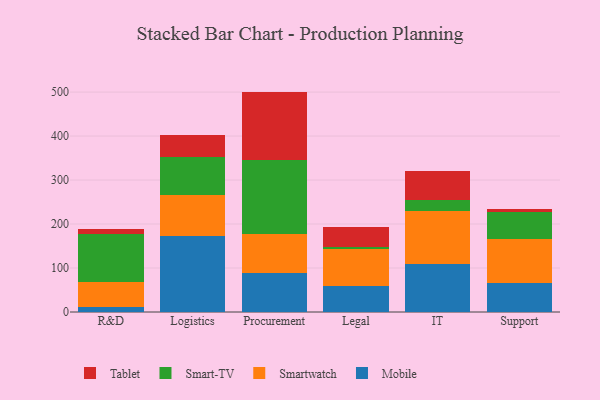
{"axis": {"x": "Department", "y": "Satisfaction Score"}, "legend": ["Mobile", "Smart-TV", "Smartwatch", "Tablet"], "data": [{"x": "R&D", "y": 10.8, "type": "Mobile"}, {"x": "R&D", "y": 57.6, "type": "Smartwatch"}, {"x": "R&D", "y": 108.3, "type": "Smart-TV"}, {"x": "R&D", "y": 12.4, "type": "Tablet"}, {"x": "Logistics", "y": 171.9, "type": "Mobile"}, {"x": "Logistics", "y": 94.1, "type": "Smartwatch"}, {"x": "Logistics", "y": 86.6, "type": "Smart-TV"}, {"x": "Logistics", "y": 49.1, "type": "Tablet"}, {"x": "Procurement", "y": 89.2, "type": "Mobile"}, {"x": "Procurement", "y": 89.1, "type": "Smartwatch"}, {"x": "Procurement", "y": 166.4, "type": "Smart-TV"}, {"x": "Procurement", "y": 156.4, "type": "Tablet"}, {"x": "Legal", "y": 60.2, "type": "Mobile"}, {"x": "Legal", "y": 82.0, "type": "Smartwatch"}, {"x": "Legal", "y": 5.5, "type": "Smart-TV"}, {"x": "Legal", "y": 45.9, "type": "Tablet"}, {"x": "IT", "y": 108.8, "type": "Mobile"}, {"x": "IT", "y": 120.5, "type": "Smartwatch"}, {"x": "IT", "y": 25.7, "type": "Smart-TV"}, {"x": "IT", "y": 66.0, "type": "Tablet"}, {"x": "Support", "y": 66.1, "type": "Mobile"}, {"x": "Support", "y": 100.5, "type": "Smartwatch"}, {"x": "Support", "y": 61.8, "type": "Smart-TV"}, {"x": "Support", "y": 6.1, "type": "Tablet"}]}